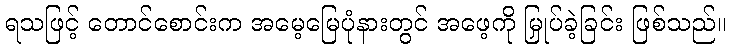
ရသဖြင့် တောင်စောင်းက အမေ့မြေပုံနားတွင် အဖေ့ကို မြှုပ်ခဲ့ခြင်း ဖြစ်သည်။